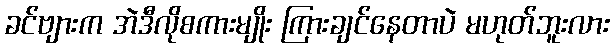
ခင်ဗျားက အဲဒီလိုစကားမျိုး ကြားချင်နေတာပဲ မဟုတ်ဘူးလား